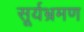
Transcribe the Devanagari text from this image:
सूर्यभ्रमण